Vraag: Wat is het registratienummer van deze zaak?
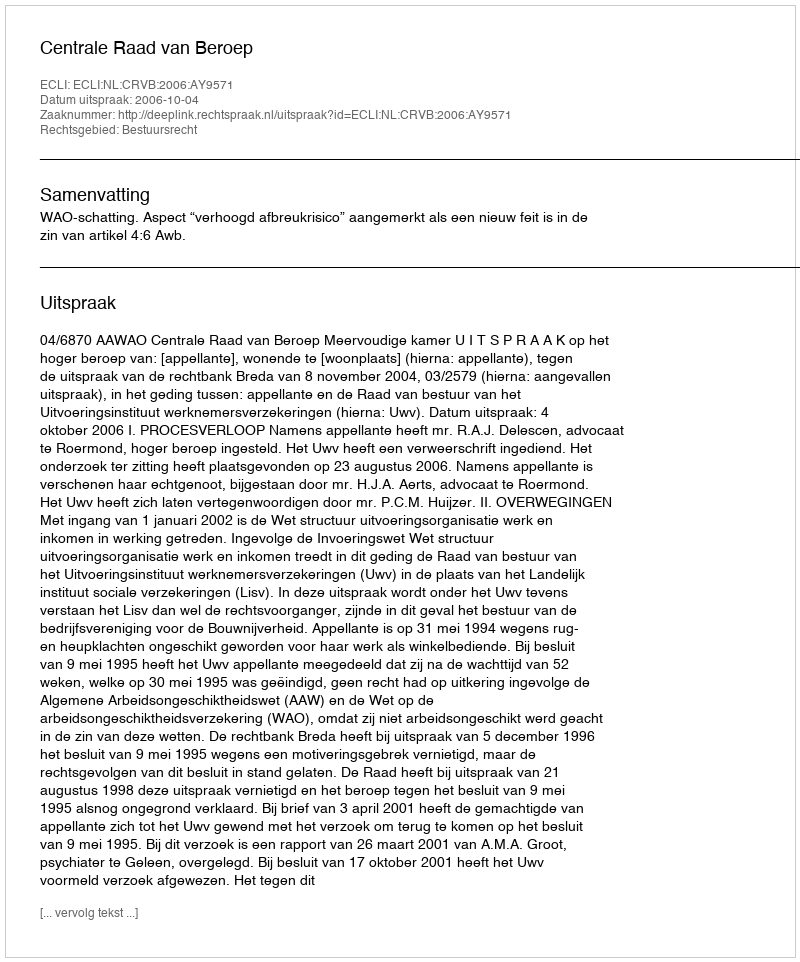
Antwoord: http://deeplink.rechtspraak.nl/uitspraak?id=ECLI:NL:CRVB:2006:AY9571